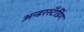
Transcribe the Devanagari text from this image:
अन्डरस्टँडिंग